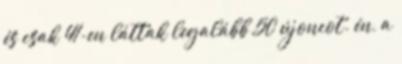
és csak 41-en láttak legalább 50 újoncot. én, a